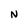
Character: N